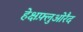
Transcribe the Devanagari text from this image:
हेक्षफ़्लुओरैद